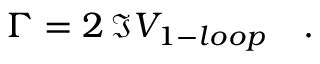
\Gamma = 2 \, \Im V _ { 1 - l o o p } \quad .